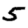
Digit: 5